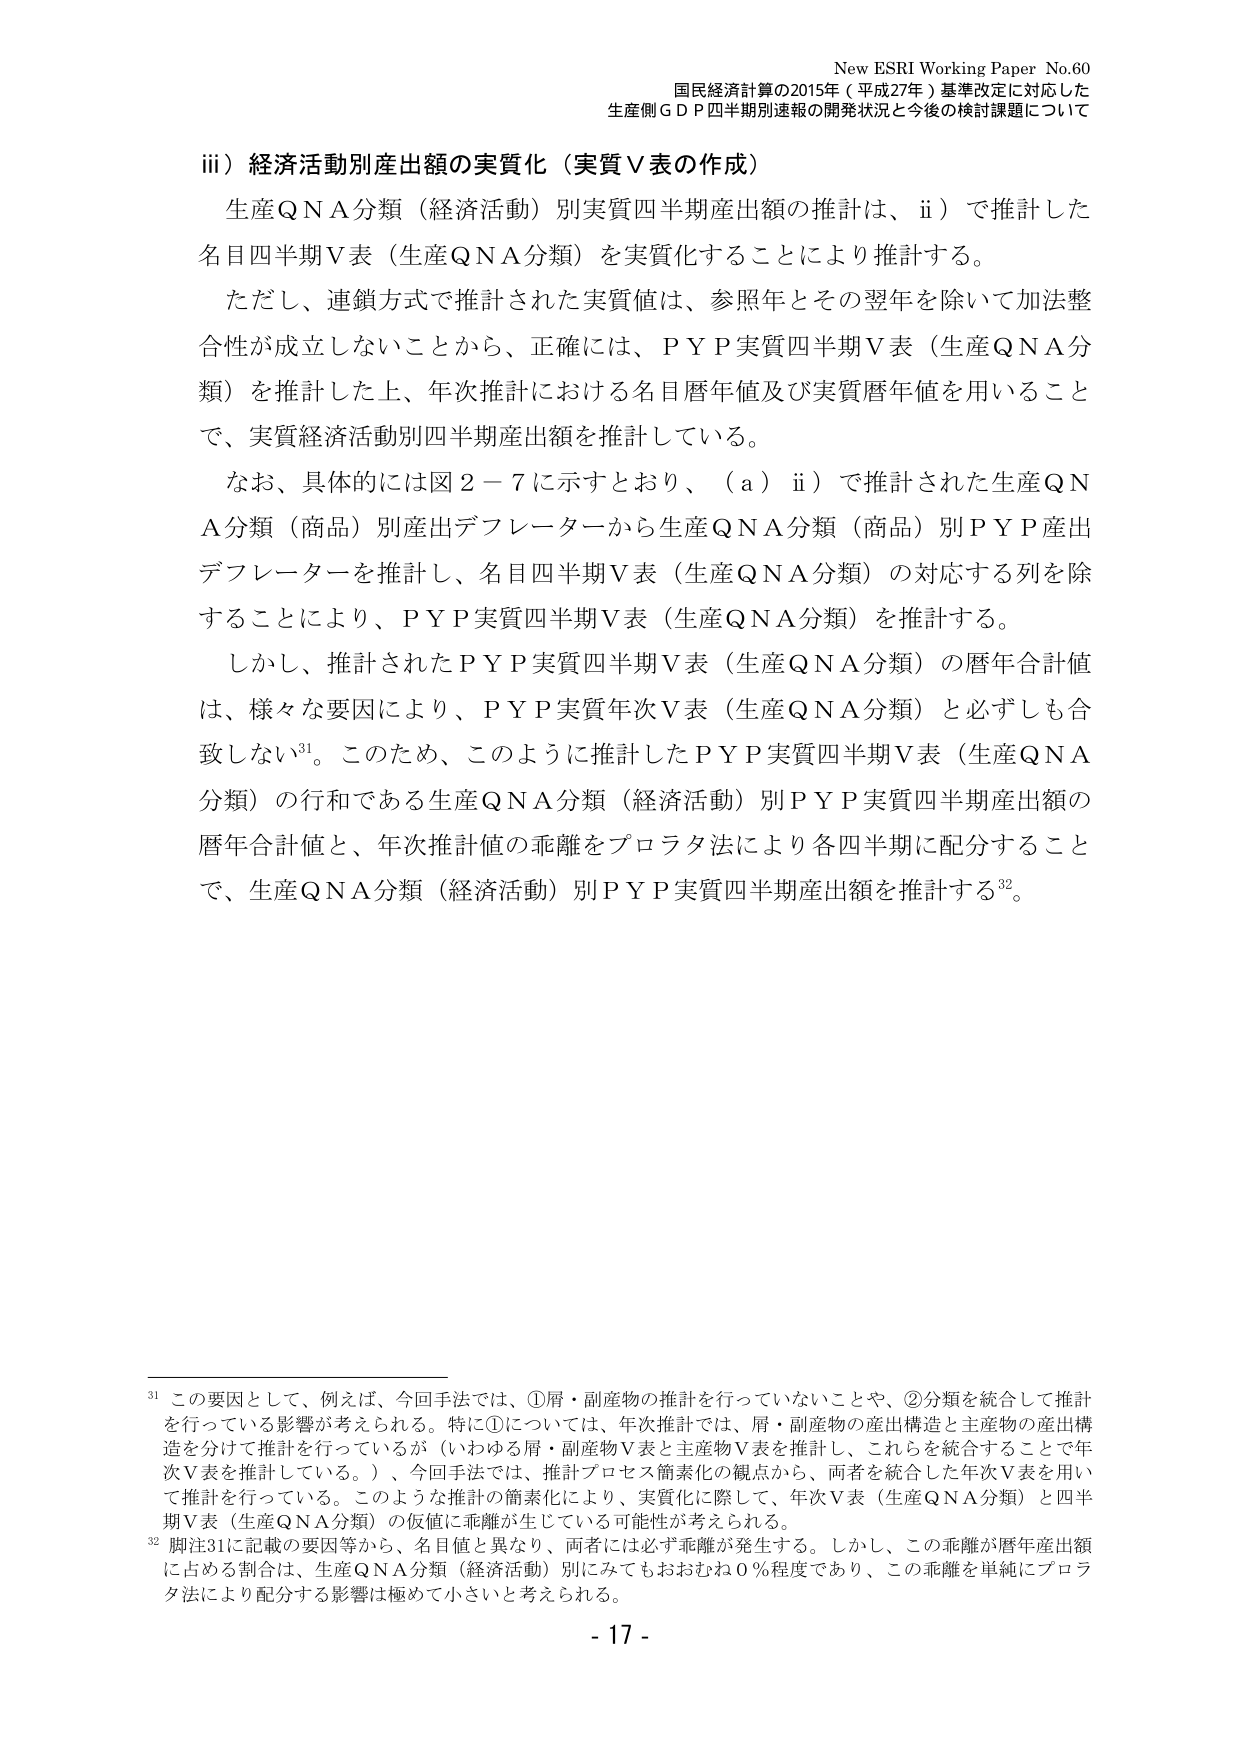
New ESRI Working Paper No.60
国民経済計算の2015年（平成27年）基準改定に対応した
生産側ＧＤＰ四半期別速報の開発状況と今後の検討課題について

iii）経済活動別産出額の実質化（実質Ｖ表の作成）
生産ＱＮＡ分類（経済活動）別実質四半期産出額の推計は、ii）で推計した
名目四半期Ｖ表（生産ＱＮＡ分類）を実質化することにより推計する。
ただし、連鎖方式で推計された実質値は、参照年とその翌年を除いて加法整合性が成立しないことから、正確には、ＰＹＰ実質四半期Ｖ表（生産ＱＮＡ分類）を推計した上、年次推計における名目暦年値及び実質暦年値を用いることで、実質経済活動別四半期産出額を推計している。
なお、具体的には図２－７に示すとおり、（ａ）ii）で推計された生産ＱＮＡ分類（商品）別産出デフレーターから生産ＱＮＡ分類（商品）別ＰＹＰ産出デフレーターを推計し、名目四半期Ｖ表（生産ＱＮＡ分類）の対応する列を除することにより、ＰＹＰ実質四半期Ｖ表（生産ＱＮＡ分類）を推計する。
しかし、推計されたＰＹＰ実質四半期Ｖ表（生産ＱＮＡ分類）の暦年合計値は、様々な要因により、ＰＹＰ実質年次Ｖ表（生産ＱＮＡ分類）と必ずしも一致しない³¹。このため、このように推計したＰＹＰ実質四半期Ｖ表（生産ＱＮＡ分類）の行和である生産ＱＮＡ分類（経済活動）別ＰＹＰ実質四半期産出額の暦年合計値と、年次推計値の乖離をプロラタ法により各四半期に配分することで、生産ＱＮＡ分類（経済活動）別ＰＹＰ実質四半期産出額を推計する³²。

³¹ この要因として、例えば、今回手法では、①屑・副産物の推計を行っていないことや、②分類を統合して推計を行っている影響が考えられる。特に①については、年次推計では、屑・副産物の産出構造と主産物の産出構造を分けて推計を行っているが（いわゆる屑・副産物Ｖ表と主産物Ｖ表を推計し、これらを統合することで年次Ｖ表を推計している。）、今回手法では、推計プロセス簡素化の観点から、両者を統合した年次Ｖ表を用いて推計を行っている。このような推計の簡素化により、実質化に際して、年次Ｖ表（生産ＱＮＡ分類）と四半期Ｖ表（生産ＱＮＡ分類）の仮値に乖離が生じている可能性が考えられる。
³² 脚注31に記載の要因等から、名目値と異なり、両者には必ず乖離が発生する。しかし、この乖離が暦年産出額に占める割合は、生産ＱＮＡ分類（経済活動）別にみてもおおむね０％程度であり、この乖離を単純にプロラタ法により配分する影響は極めて小さいと考えられる。

- 17 -